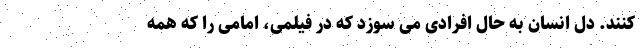
کنند. دل انسان به حال افرادی می سوزد که در فیلمی، امامی را که همه